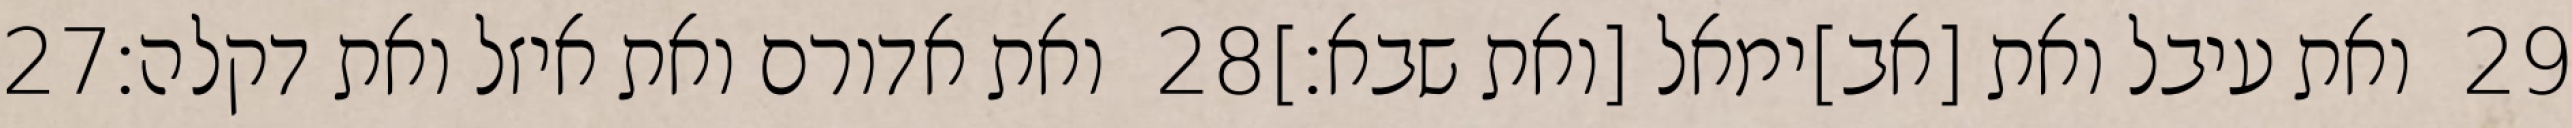
‎27‏ ואת אדורם ואת איזל ואת דקלה׃ ‎28‏ ואת עיבל ואת [אב]ימאל [ואת שבא׃] ‎29‏